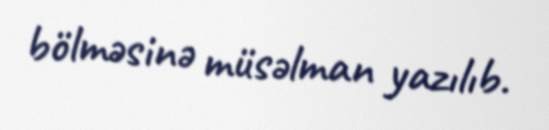
bölməsinə müsəlman yazılıb.